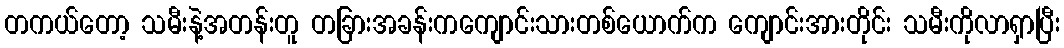
တကယ်တော့ သမီးနဲ့အတန်းတူ တခြားအခန်းကကျောင်းသားတစ်ယောက်က ကျောင်းအားတိုင်း သမီးကိုလာရှာပြီး